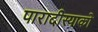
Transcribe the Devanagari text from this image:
पारादीस्याको